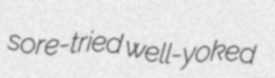
sore-tried well-yoked